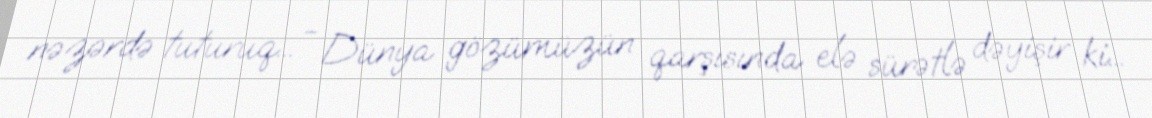
nəzərdə tuturuq... - Dünya gözümüzün qarşısında elə sürətlə dəyişir ki...